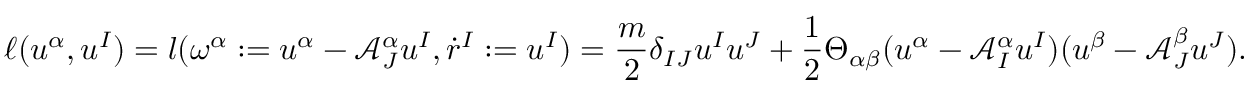
\ell ( u ^ { \alpha } , u ^ { I } ) = l ( \omega ^ { \alpha } : = u ^ { \alpha } - \mathcal { A } _ { J } ^ { \alpha } u ^ { I } , \dot { r } ^ { I } : = u ^ { I } ) = \frac { m } { 2 } \delta _ { I J } u ^ { I } u ^ { J } + \frac { 1 } { 2 } \Theta _ { \alpha \beta } ( u ^ { \alpha } - \mathcal { A } _ { I } ^ { \alpha } u ^ { I } ) ( u ^ { \beta } - \mathcal { A } _ { J } ^ { \beta } u ^ { J } ) .